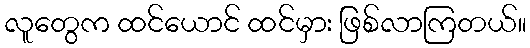
လူတွေက ထင်ယောင် ထင်မှား ဖြစ်လာကြတယ်။